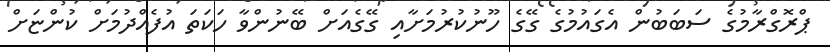
ޕްރޮގްރާމުގެ ސަބަބުން އެގައުމުގެ ގޭގެ ހޫނުކުރުމަށާއި ގޭގެއަށް ބޭނުންވާ ހަކަތަ އުފެއްދުމަށް ކުންޏަށް